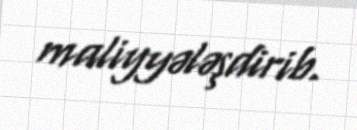
maliyyələşdirib.